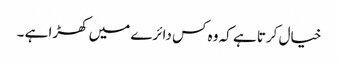
خیال کرتا ہے کہ وہ کس دائرے میں کھڑا ہے ۔